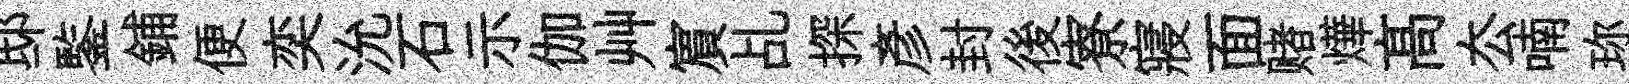
邸鍳鋪便奕沇石示伽艸賔乩探彥封後寮寢面赌燁髙厺喃珎